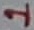
Text: 1